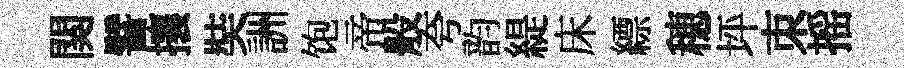
関譬攘奘詶饱帝般夸韵緹床縹穂坪朿摇